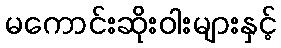
မကောင်းဆိုးဝါးများနှင့်